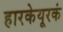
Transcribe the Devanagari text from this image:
हारकेयूरकं